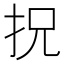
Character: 拀